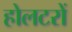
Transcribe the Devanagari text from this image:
होलटरों